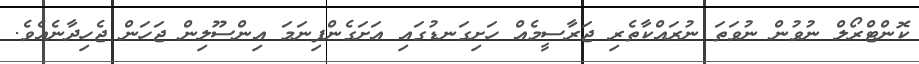
ކޮންޓްރޯލް ނުވުން ނުވަތަ ނުރައްކާތެރި ޖަރާސީމެއް ހަށިގަނޑުގައި އަށަގެންފިނަމަ އިންސޫލިން ޖަހަން ޖެހިދާނެއެވެ.